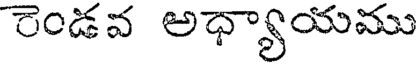
రెండవ అధ్యాయము